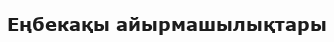
Еңбекақы айырмашылықтары